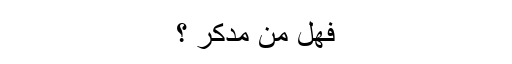
فھل من مدکر ؟